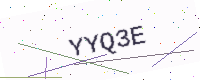
Text: YYQ3E